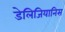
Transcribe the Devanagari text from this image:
डेलिजियानिस